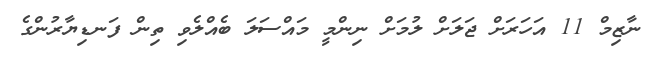
ނާޒިމް 11 އަހަރަށް ޖަލަށް ލުމަށް ނިންމީ މައްސަލަ ބެއްލެވި ތިން ފަނޑިޔާރުންގެ